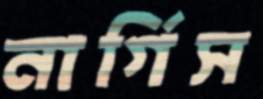
নার্গিস